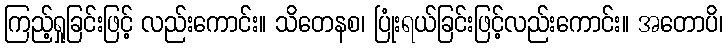
ကြည့်ရှုခြင်းဖြင့် လည်းကောင်း။ သိတေနစ၊ ပြုံးရယ်ခြင်းဖြင့်လည်းကောင်း။ အတောပိ၊